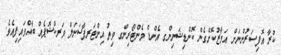
ކުރާ އޮފިސަރުންނަށް އަމާޒުކޮށްގެން ކޮންޑިޝަނިންގ އެންޑް މެންޓޯރިންގ ވިތު އިންޓަރޕާސަނަލް ވަރކްޝޮޕެއް ބާއްވައިފިއެވެ.